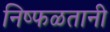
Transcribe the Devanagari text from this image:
निष्फळतानी